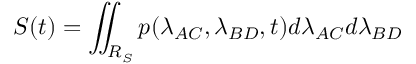
S ( t ) = \iint _ { R _ { S } } p ( \lambda _ { A C } , \lambda _ { B D } , t ) d \lambda _ { A C } d \lambda _ { B D }